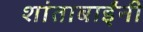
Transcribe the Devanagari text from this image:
शांताबार्इंनी